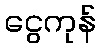
ငွေကုန်